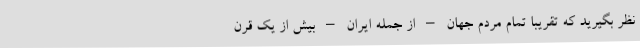
نظر بگیرید که تقریباً تمام مردم جهان – از جمله ایران – بیش از یک قرن